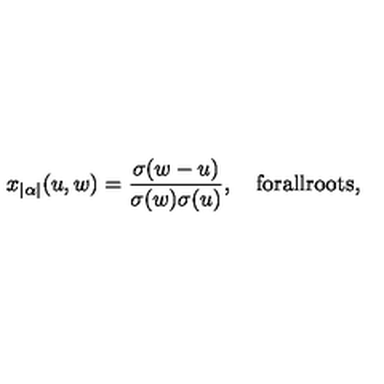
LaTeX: x _ { | \alpha | } ( u , w ) = { \frac { \sigma ( w - u ) } { \sigma ( w ) \sigma ( u ) } } , \quad \mathrm { f o r a l l r o o t s } ,